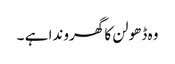
وہ ڈھولن کا گھروندا ہے ۔